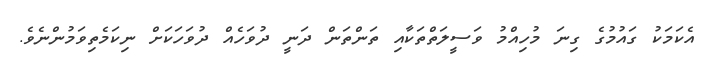
އެކަމަކު ގައުމުގެ ގިނަ މުހިއްމު ވަސީލަތްތަކާއި ތަންތަން ދަނީ ދުވަހެއް ދުވަހަކަށް ނިކަމެތިވަމުންނެވެ.